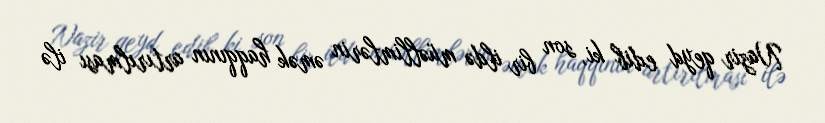
Nazir qeyd edib ki, son bir ildə müəllimlərin əmək haqqının artırılması ilə